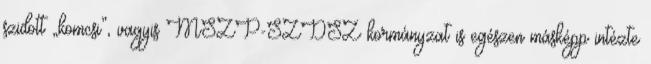
szidott „komcsi”, vagyis MSZP-SZDSZ kormányzat is egészen másképp intézte